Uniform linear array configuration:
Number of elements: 4
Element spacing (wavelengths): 0.5
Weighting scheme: uniform
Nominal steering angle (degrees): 15
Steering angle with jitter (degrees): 15.075
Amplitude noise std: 0.05
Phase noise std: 0.05

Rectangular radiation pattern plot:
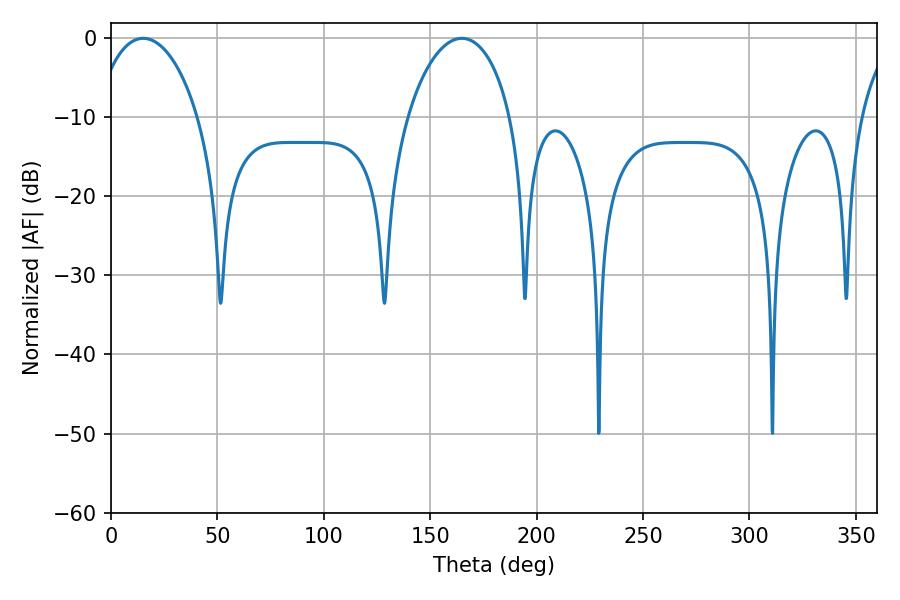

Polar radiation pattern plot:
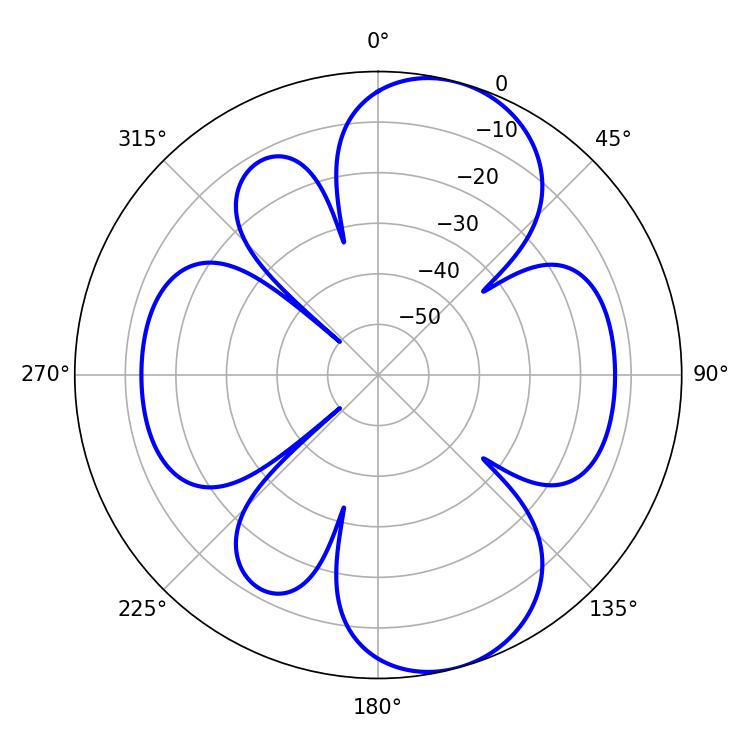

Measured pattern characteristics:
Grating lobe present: FALSE
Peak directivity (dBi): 8.977
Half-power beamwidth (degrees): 27.72
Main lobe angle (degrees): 15.12